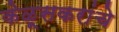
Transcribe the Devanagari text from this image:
केळूसकरांचे